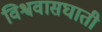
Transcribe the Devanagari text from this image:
विश्ववासघाती